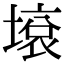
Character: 㙥